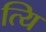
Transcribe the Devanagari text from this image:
त्यि